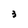
Character: 3